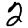
Digit: 2